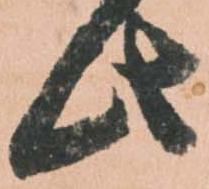
此